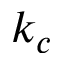
k _ { c }